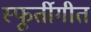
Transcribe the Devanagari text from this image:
स्फूर्तीगीत